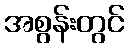
အစွန်းတွင်